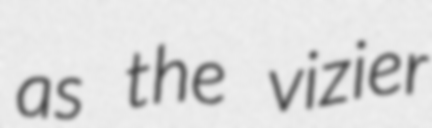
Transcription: as the vizier